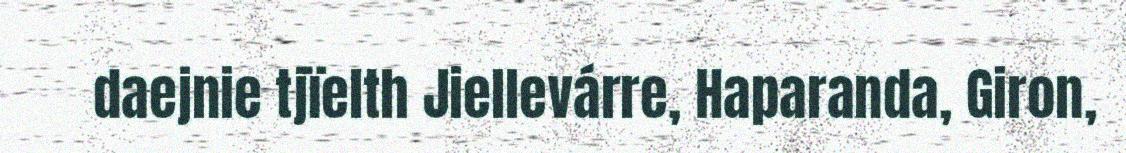
daejnie tjïelth Jiellevárre, Haparanda, Giron,